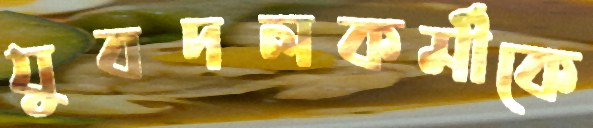
যুবদলকর্মীকে